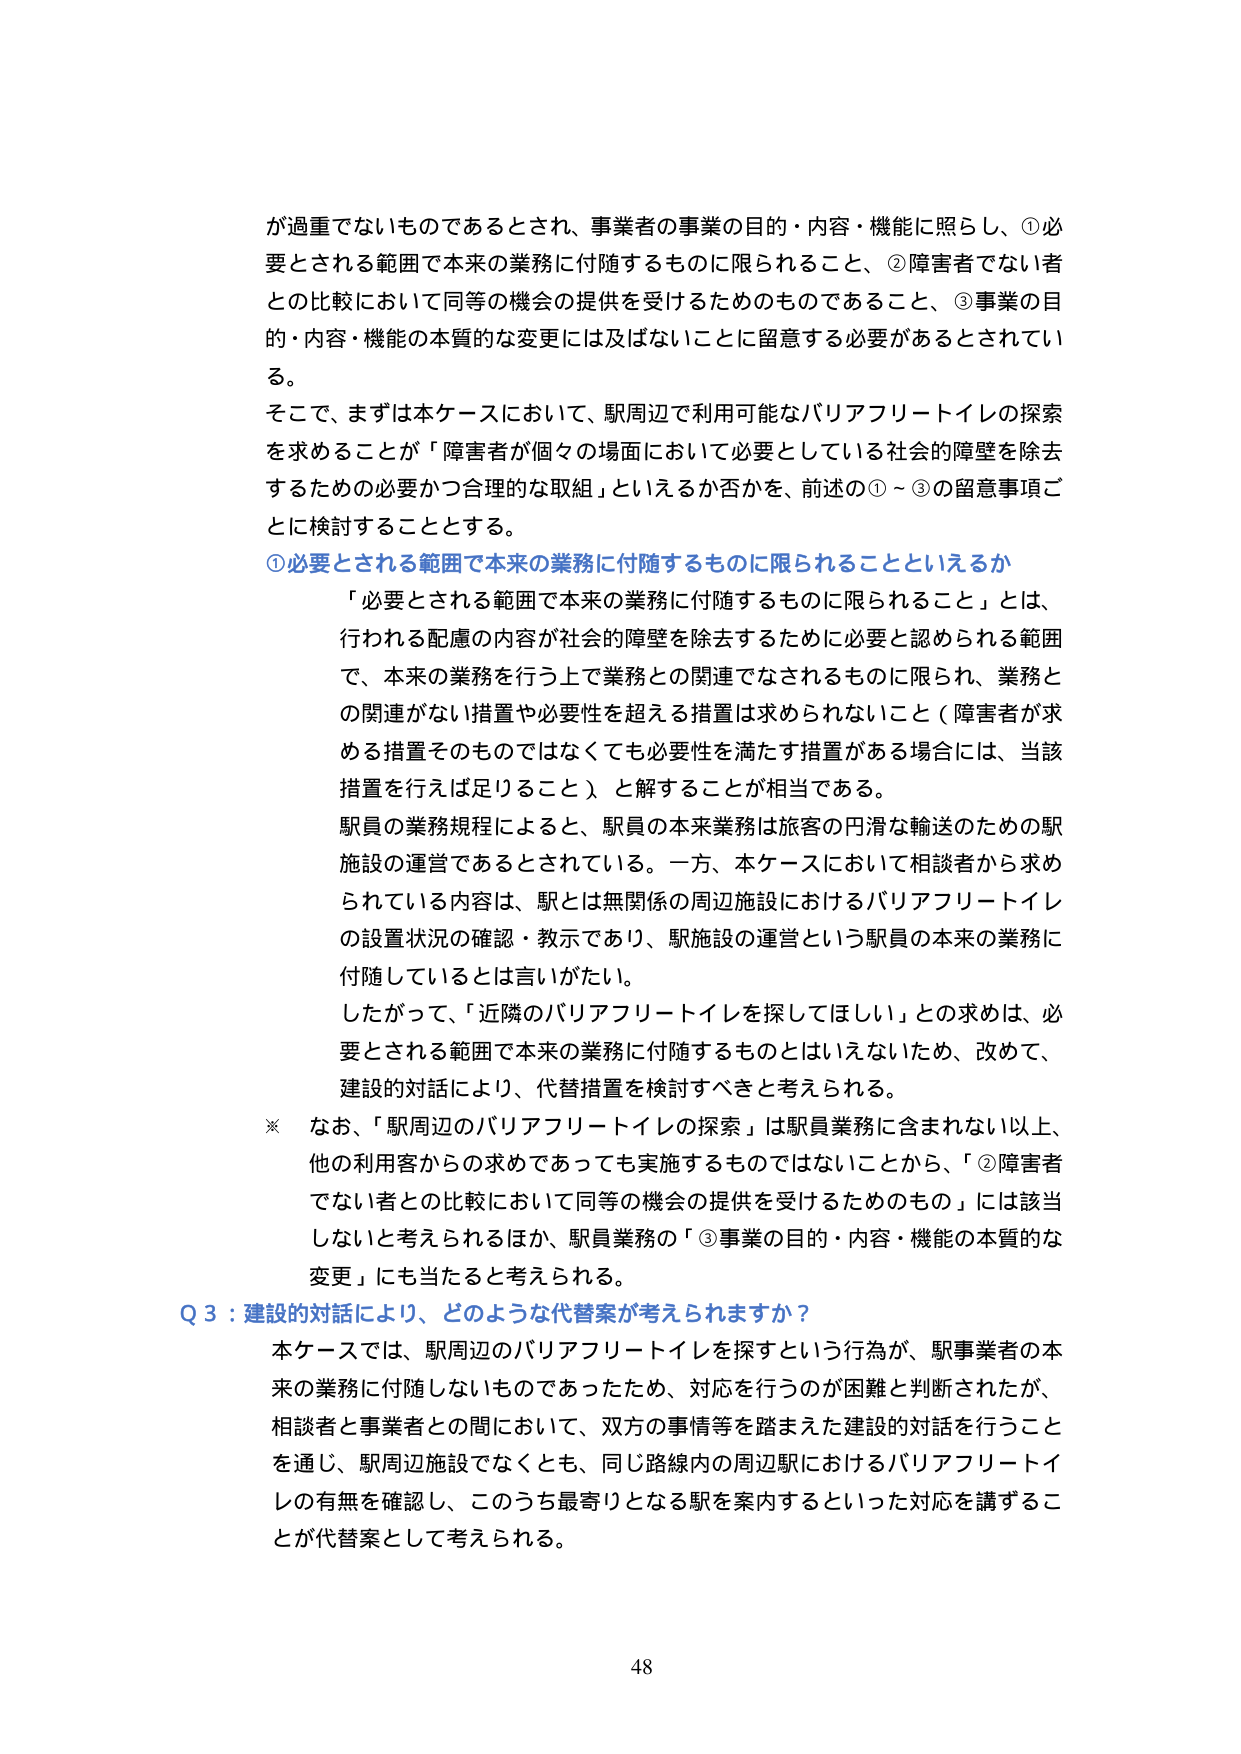
が過重でないものであるとされ、事業者の事業の目的・内容・機能に照らし、①必要とされる範囲で本来の業務に付随するものに限られること、②障害者でない者との比較において同等の機会の提供を受けるためのものであること、③事業の目的・内容・機能の本質的な変更には及ばないことに寛意する必要があるとされている。

そこで、まずは本ケースにおいて、駅周辺で利用可能なバリアフリートイレの探索を求めることが「障害者が個々の場面において必要としている社会的障壁を除去するための必要かつ合理的な取組」といえるか否かを、前述の①～③の留意事項ごとに検討することとする。

①必要とされる範囲で本来の業務に付随するものに限られることといえるか

「必要とされる範囲で本来の業務に付随するものに限られること」とは、行われる配慮の内容が社会的障壁を除去するために必要と認められる範囲で、本来の業務を行う上で業務との関連でなされるものに限られ、業務との関連がない措置や必要性を超える措置は求められないこと（障害者が求める措置そのものではなくても必要性を満たす措置がある場合には、当該措置を行えば足りること）と解することが相当である。

駅員の業務規程によると、駅員の本来業務は旅客の円滑な輸送のための駅施設の運営であるとされている。一方、本ケースにおいて相談者から求められている内容は、駅とは無関係の周辺施設におけるバリアフリートイレの設置状況の確認・教示であり、駅施設の運営という駅員の本来の業務に付随しているとは言いがたい。

したがって、「近隣のバリアフリートイレを探してほしい」との求めは、必要とされる範囲で本来の業務に付随するものとはいえないため、改めて、建設的対話により、代替措置を検討すべきと考えられる。

※ なお、「駅周辺のバリアフリートイレの探索」は駅員業務に含まれない以上、他の利用客からの求めであっても実施するものではないことから、「②障害者でない者との比較において同等の機会の提供を受けるためのもの」には該当しないと考えられるほか、駅員業務の「③事業の目的・内容・機能の本質的な変更」にも当たると考えられる。

Q 3：建設的対話により、どのような代替案が考えられますか？

本ケースでは、駅周辺のバリアフリートイレを探すという行為が、駅事業者の本来の業務に付随しないものであったため、対応を行うのが困難と判断されたが、相談者と事業者との間において、双方の事情等を踏まえた建設的対話を行うことを通じ、駅周辺施設でなくとも、同じ路線内の周辺駅におけるバリアフリートイレの有無を確認し、このうち最寄りとなる駅を案内するといった対応を講ずることが代替案として考えられる。

48